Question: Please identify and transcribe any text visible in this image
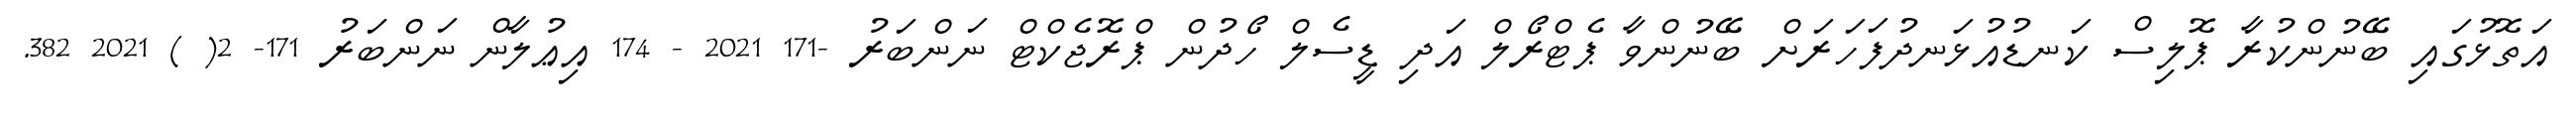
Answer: އަތޮޅުގައި ބޭނުންކުރާ ޕޮލިސް ކަނޑުއުޅަނދުފަހަރަށް ބޭނުންވާ ޕެޓްރޯލް އަދި ޑީސެލް ހޯދުން ޕްރޮޖެކްޓް ނަންބަރު -171 2021 - 174 އިޢުލާން ނަންބަރު 171- 2( ) 2021 382.